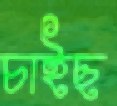
চাইছ